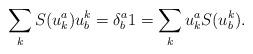
LaTeX: \begin{align*}\sum_{k}S(u_{k}^{a})u_{b}^{k}=\delta_{b}^{a}1=\sum_{k}u_{k}^{a}S(u_{b}^{k}).\end{align*}